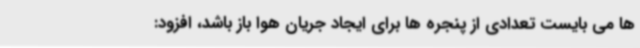
ها می بایست تعدادی از پنجره ها برای ایجاد جریان هوا باز باشد، افزود: